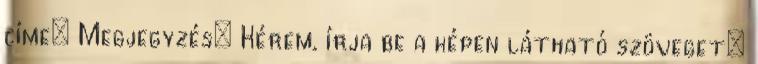
címe: Megjegyzés: Kérem, írja be a képen látható szöveget: